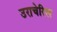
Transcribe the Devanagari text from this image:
उराचेरिल